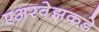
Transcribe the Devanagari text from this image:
एअरवेझकडे